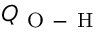
Q _ { \mathrm { ~ O ~ - ~ H ~ } }